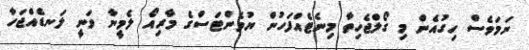
ނަމަވެސް ހިގުއެން މި ގޯލްޖެހިތާ މިނެޓެއްފަހުން ޔުވެންޓަސްގެ މާރިއޯ ލެމީނާ ވަނީ ލަނޑެއްޖަހާ